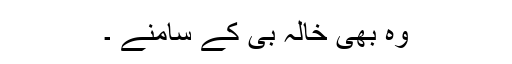
وہ بھی خالہ بی کے سامنے ۔